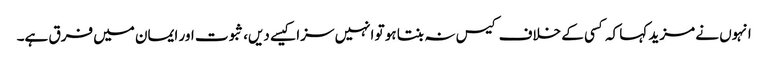
انہوں نے مزید کہا کہ کسی کے خلاف کیس نہ بنتا ہو تو انہیں سزا کیسے دیں، ثبوت اور ایمان میں فرق ہے۔